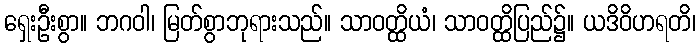
ရှေးဦးစွာ။ ဘဂဝါ၊ မြတ်စွာဘုရားသည်။ သာဝတ္ထိယံ၊ သာဝတ္ထိပြည်၌။ ယဒိဝိဟရတိ၊